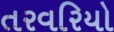
તરવરિયો